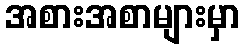
အစားအစာများမှာ